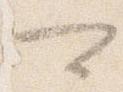
可